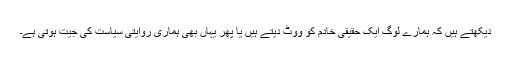
دیکھتے ہیں کہ ہمارے لوگ ایک حقیقی خادم کو ووٹ دیتے ہیں یا پھر یہاں بھی ہماری روایتی سیاست کی جیت ہوتی ہے۔